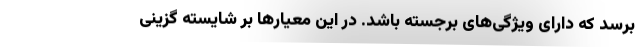
برسد که دارای ویژگی‌های برجسته باشد. در این معیار‌ها بر شایسته گزینی